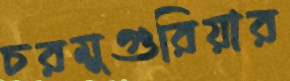
চরমুগুরিয়ার